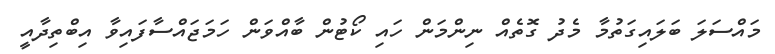
މައްސަލަ ބަލައިގަތުމާ މެދު ގޮތެއް ނިންމަން ހައި ކޯޓުން ބާއްވަން ހަމަޖައްސާފައިވާ އިބްތިދާއީ